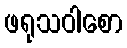
ဖရုသဝါစော